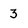
Character: 3